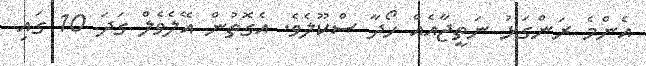
އެންމެ ރަންގަޅު ނަތީޖާއެއް ހޯދާ ސްކޫލެވެ. އެގޮތުން އޭލެވެލް ގަދަ 10 ގައި